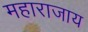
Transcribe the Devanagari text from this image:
महाराजाय